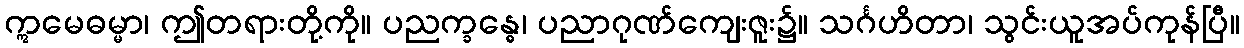
ဣမေဓမ္မာ၊ ဤတရားတို့ကို။ ပညက္ခန္ဓေ၊ ပညာဂုဏ်ကျေးဇူး၌။ သင်္ဂဟိတာ၊ သွင်းယူအပ်ကုန်ပြီ။